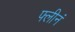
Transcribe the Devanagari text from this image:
फ्लीनं